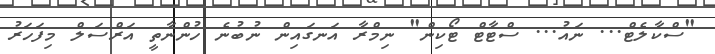
"ސްކާލެޓް... ނައު... ސްޓާޓް ޓޯކިން" ނިމްރާ އަނގައިން ނުބުނެ ހުންނާތީ އަރްސަލް މިފަހަރު